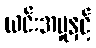
ယင်းအမှုနှင့်